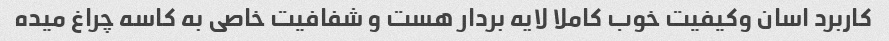
کاربرد اسان وکیفیت خوب کاملا لایه بردار هست و شفافیت خاصی به کاسه چراغ میده